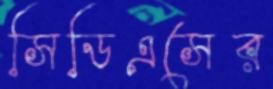
সিডিএসের